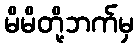
မိမိတို့ဘက်မှ